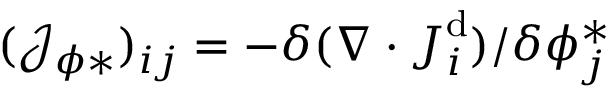
( \mathcal { J } _ { \phi * } ) _ { i j } = - \delta ( \nabla \cdot \boldsymbol { J } _ { i } ^ { \mathrm { d } } ) / \delta \phi _ { j } ^ { * }